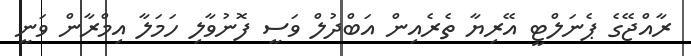
ރާއްޖޭގެ ޕެނަލްޓީ އޭރިޔާ ތެރެއިން އަބްދުލް ވަސީ ފޮނުވާލި ހަމަލާ އިމްރާން ވަނީ